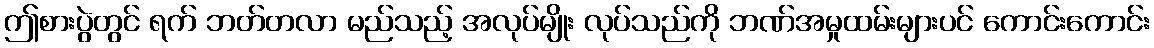
ဤစားပွဲတွင် ရက် ဘတ်တလာ မည်သည့် အလုပ်မျိုး လုပ်သည်ကို ဘဏ်အမှုထမ်းများပင် ကောင်းကောင်း